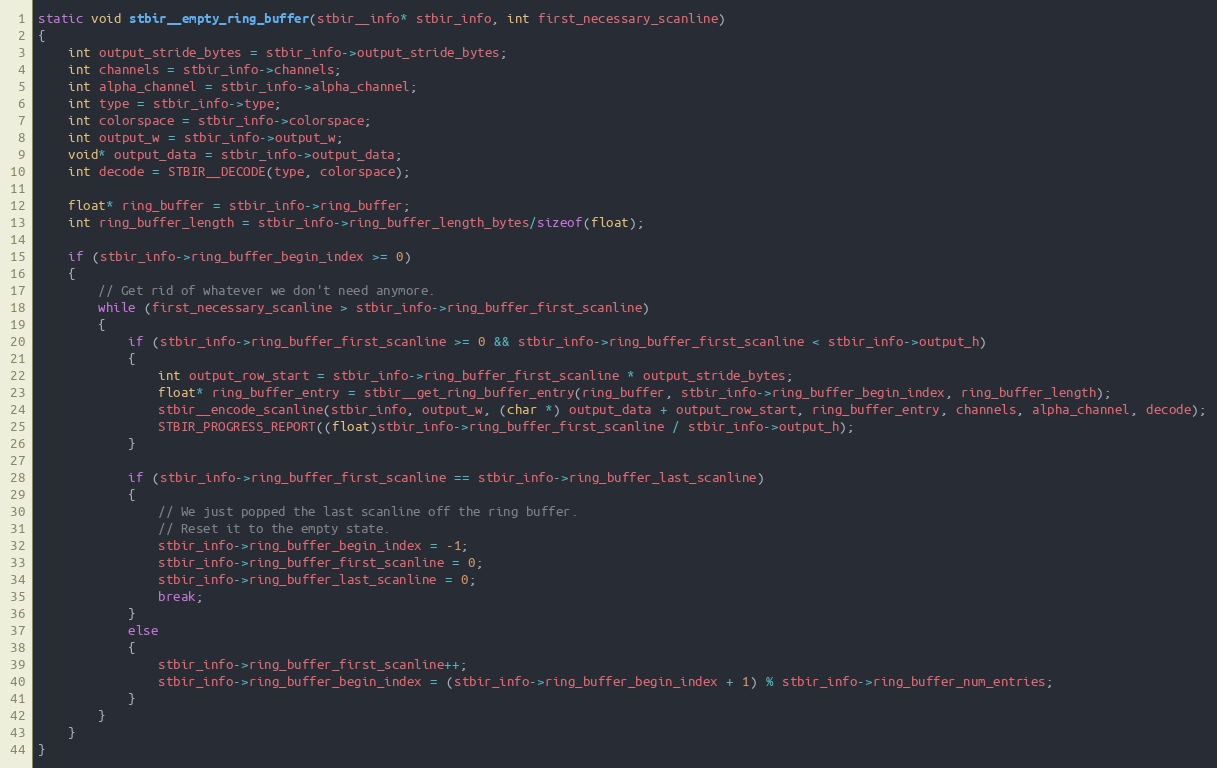
Language: C
static void stbir__empty_ring_buffer(stbir__info* stbir_info, int first_necessary_scanline)
{
    int output_stride_bytes = stbir_info->output_stride_bytes;
    int channels = stbir_info->channels;
    int alpha_channel = stbir_info->alpha_channel;
    int type = stbir_info->type;
    int colorspace = stbir_info->colorspace;
    int output_w = stbir_info->output_w;
    void* output_data = stbir_info->output_data;
    int decode = STBIR__DECODE(type, colorspace);

    float* ring_buffer = stbir_info->ring_buffer;
    int ring_buffer_length = stbir_info->ring_buffer_length_bytes/sizeof(float);

    if (stbir_info->ring_buffer_begin_index >= 0)
    {
        // Get rid of whatever we don't need anymore.
        while (first_necessary_scanline > stbir_info->ring_buffer_first_scanline)
        {
            if (stbir_info->ring_buffer_first_scanline >= 0 && stbir_info->ring_buffer_first_scanline < stbir_info->output_h)
            {
                int output_row_start = stbir_info->ring_buffer_first_scanline * output_stride_bytes;
                float* ring_buffer_entry = stbir__get_ring_buffer_entry(ring_buffer, stbir_info->ring_buffer_begin_index, ring_buffer_length);
                stbir__encode_scanline(stbir_info, output_w, (char *) output_data + output_row_start, ring_buffer_entry, channels, alpha_channel, decode);
                STBIR_PROGRESS_REPORT((float)stbir_info->ring_buffer_first_scanline / stbir_info->output_h);
            }

            if (stbir_info->ring_buffer_first_scanline == stbir_info->ring_buffer_last_scanline)
            {
                // We just popped the last scanline off the ring buffer.
                // Reset it to the empty state.
                stbir_info->ring_buffer_begin_index = -1;
                stbir_info->ring_buffer_first_scanline = 0;
                stbir_info->ring_buffer_last_scanline = 0;
                break;
            }
            else
            {
                stbir_info->ring_buffer_first_scanline++;
                stbir_info->ring_buffer_begin_index = (stbir_info->ring_buffer_begin_index + 1) % stbir_info->ring_buffer_num_entries;
            }
        }
    }
}